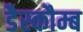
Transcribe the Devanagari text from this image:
डैस्कौम्ब